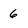
Character: 6